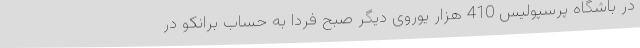
در باشگاه پرسپولیس 410 هزار یوروی دیگر صبح فردا به حساب برانکو در